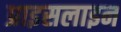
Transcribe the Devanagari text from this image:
प्राइसलाइन